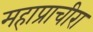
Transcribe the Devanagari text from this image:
महाप्राचीरा